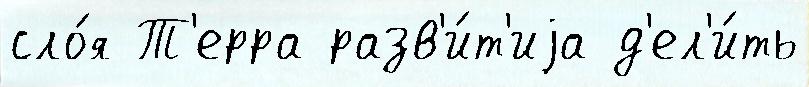
сло́я Т'ерра разв'и́т'иjа д'ел'и́ть